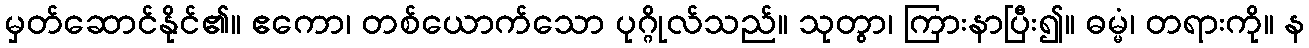
မှတ်ဆောင်နိုင်၏။ ဧကော၊ တစ်ယောက်သော ပုဂ္ဂိုလ်သည်။ သုတွာ၊ ကြားနာပြီး၍။ ဓမ္မံ၊ တရားကို။ န